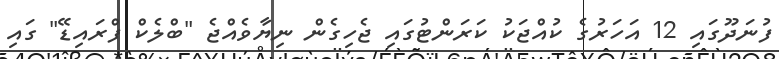
ފުނަދޫގައި 12 އަހަރުގެ ކުއްޖަކު ކަރަންޓުގައި ޖެހިގެން ނިޔާވެއްޖެ "ބްލެކް ފްރައިޑޭ" ގައި